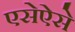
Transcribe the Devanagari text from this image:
एसेऐसे